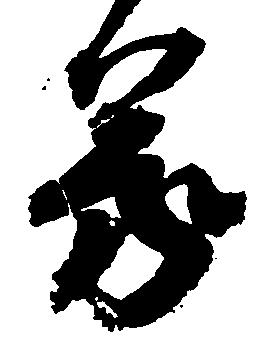
蒙